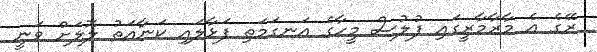
ރޭގެ އެ މާރާމާރީގައި ފުލުސް މީހާގެ އަނގަމަތި ފަޅާލައި ކަނާއަތު ލޮލަށް ވަނީ